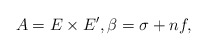
\begin{align*}A= E \times E', \beta = \sigma +n f,\end{align*}